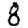
Digit: 8